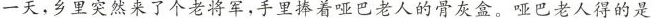
一天，乡里突然来了个老将军，手里捧着哑巴老人的骨灰盒。哑巴老人得的是